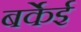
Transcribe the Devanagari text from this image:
बर्केई